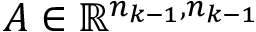
A \in \mathbb { R } ^ { n _ { k - 1 } , n _ { k - 1 } }